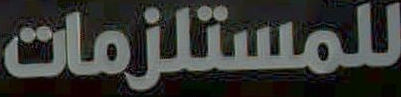
للمستلزمات